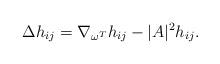
LaTeX: \begin{align*}\Delta h_{ij}=\nabla_{\omega^T}h_{ij}-|A|^2h_{ij}.\end{align*}